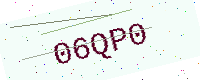
Text: 06QP0